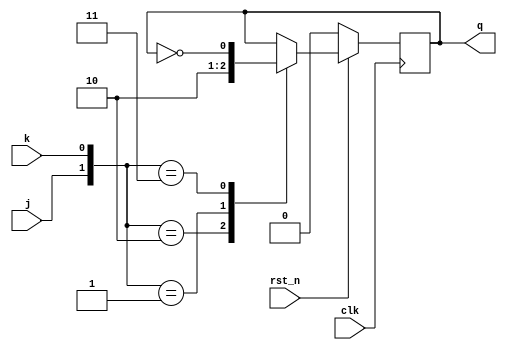
module JKFF(output reg q, input j,k,clk, rst_n);

    always @(posedge clk) begin
        if(!rst_n)
            q <= 1'b0;
        else
            case ({j,k})
                2'b10:  q <= 1'b1;
                2'b01:  q <= 1'b0;
                2'b11:  q <= ~q;
                default:;
            endcase
    end
endmodule